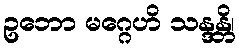
ဥဘော မဂ္ဂေဟိ သန္ဒန္တိ၊